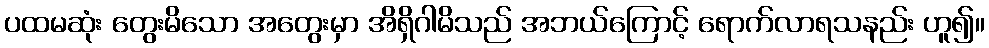
ပထမဆုံး တွေးမိသော အတွေးမှာ အိရှိဂါမိသည် အဘယ်ကြောင့် ရောက်လာရသနည်း ဟူ၍။